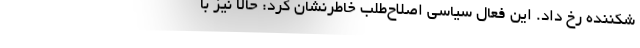
شکننده رخ داد. این فعال سیاسی اصلاح‌طلب خاطرنشان کرد: حالا نیز با